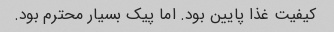
کیفیت غذا پایین بود. اما پیک بسیار محترم بود.